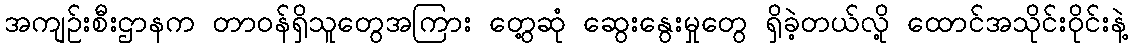
အကျဉ်းစီးဌာနက တာဝန်ရှိသူတွေအကြား တွေ့ဆုံ ဆွေးနွေးမှုတွေ ရှိခဲ့တယ်လို့ ထောင်အသိုင်းဝိုင်းနဲ့